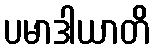
ပမာဒါယာတိ